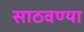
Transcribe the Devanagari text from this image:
साठवण्या